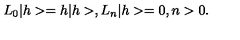
L _ { 0 } | h > = h | h > , L _ { n } | h > = 0 , n > 0 .